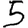
Digit: 5